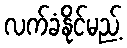
လက်ခံနိုင်မည့်